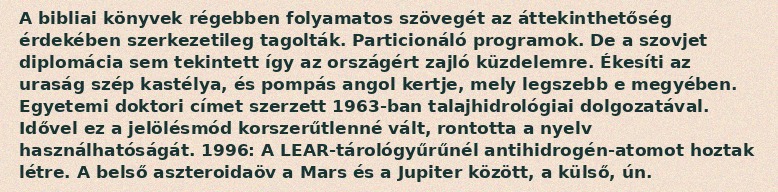
A bibliai könyvek régebben folyamatos szövegét az áttekinthetőség érdekében szerkezetileg tagolták. Particionáló programok. De a szovjet diplomácia sem tekintett így az országért zajló küzdelemre. Ékesíti az uraság szép kastélya, és pompás angol kertje, mely legszebb e megyében. Egyetemi doktori címet szerzett 1963-ban talajhidrológiai dolgozatával. Idővel ez a jelölésmód korszerűtlenné vált, rontotta a nyelv használhatóságát. 1996: A LEAR-tárológyűrűnél antihidrogén-atomot hoztak létre. A belső aszteroidaöv a Mars és a Jupiter között, a külső, ún.